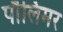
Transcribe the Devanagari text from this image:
पौलिमर